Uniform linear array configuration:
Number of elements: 12
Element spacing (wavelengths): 0.5
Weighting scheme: blackman
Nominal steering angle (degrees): -60
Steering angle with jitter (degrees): -61.329
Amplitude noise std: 0.05
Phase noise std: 0.05

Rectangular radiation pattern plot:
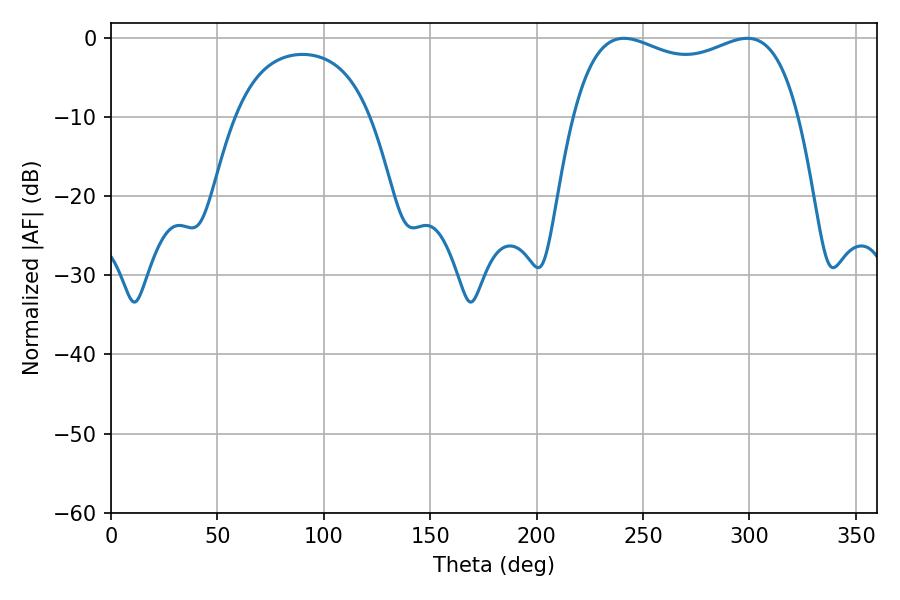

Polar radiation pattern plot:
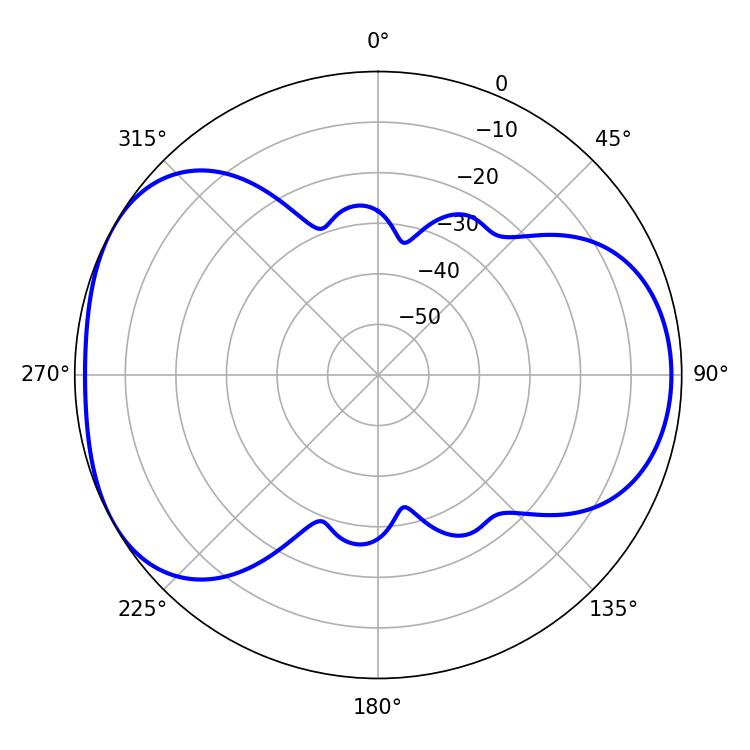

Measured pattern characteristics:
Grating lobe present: FALSE
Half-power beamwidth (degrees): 87.12
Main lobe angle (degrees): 241.02